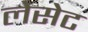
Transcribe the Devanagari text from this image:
लेसेट